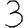
Digit: 3